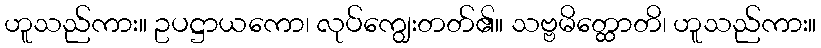
ဟူသည်ကား။ ဥပဋ္ဌာယကော၊ လုပ်ကျွေးတတ်၏။ သဗ္ဗမိတ္ထောတိ၊ ဟူသည်ကား။